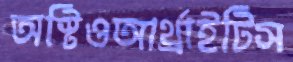
অস্টিওআর্থ্রাইটিস